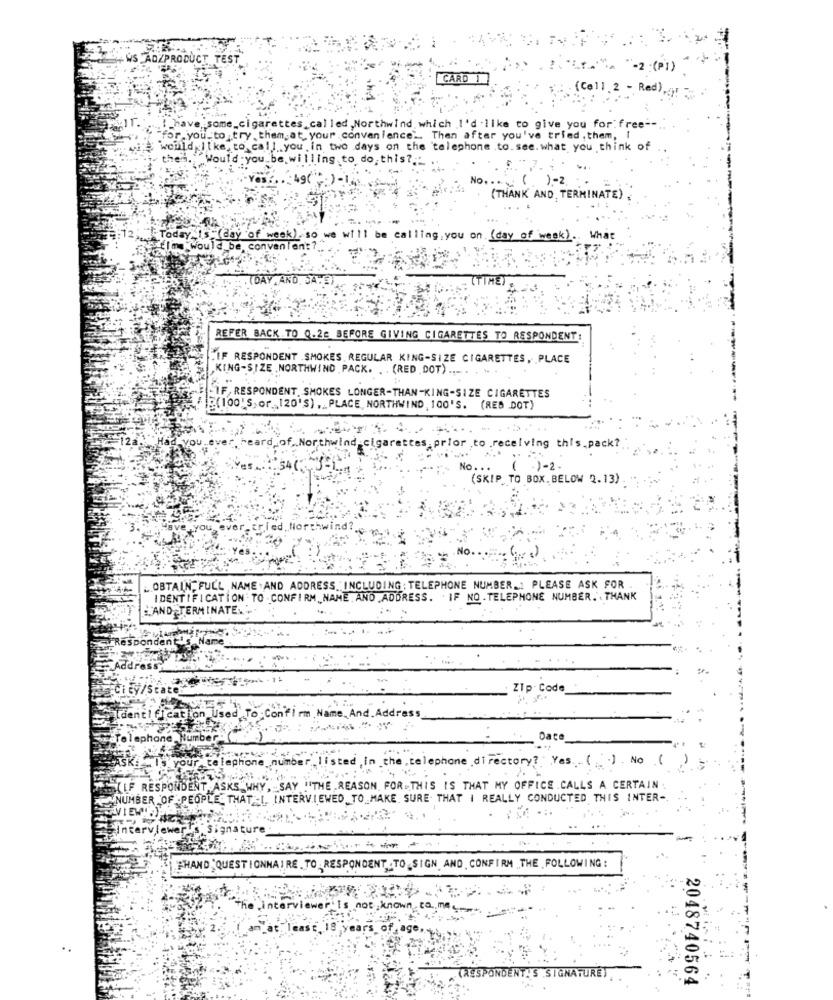
WS ADZPRODUCT TEST
ETA" "-2 (P1)
CARD 1
:: (Coll.2 -Red),
.._ have some_cigarettes.called ,Northwind which I'd like to give you for free --
for you to try them,at, your convenience". Then after you've tried, them, I
would like to call you.in two days on the telephone .to. see. what you think of
them." Would you be willing to do this ?..
(THANK AND TERMINATE)
Toda
be calling.you on.
(day of week).
What
Would be, conven
REFER BACK TO Q.28 BEFORE GIVING CIGARETTES TO RESPONDENT:
LIF RESPONDENT .SMOKES REGULAR KING-SIZE CIGARETTES, PLACE
,KING-SIZE , NORTHWIND PACK. . . (RED DOT) .... . "
-IF RESPONDENT SMOKES LONGER-THAN-KING-SIZE CIGARETTES
?(100'S,or 120'S) , PLACE, NORTHWIND , 100'S. (RES DOT)
YOU ..
eard_of, Northwind cigarettes prior to .receiving this.pack ?.
No ...
( .) - 2.
(SKIP TO BOX. BELOW 2.13)
ed. North
.. OBTAIN, FULL NAME . AND ADDRESS. " INCLUDING : TELEPHONE NUMBER ... PLEASE ASK FOR
IDENTIFICATION - TO - CONFIRM_NAME . AND ADDRESS. . IF NO . TELEPHONE NUMBER. . THANK
AND TERMINATE ...
ity/State
ZTp- Code
enti ficatio
Used
o :Confirm Name,And. Address
lephane
Dat
your. telephone
.the, telephone directory? Yes ( ). No ()
LEF RESPONDENT
ASKS"
.SAY
E.REASON. FOR THIS IS THAT MY OFFICE . CALLS A CERTAIN :
NUMBER OF .PEOPLE THAT L
INTERVIEWED TO MAKE SURE THAT i REALLY CONDUCTED THIS INTER-
SIVIEW;}
Sincerviewer's's
ignature
CHAND QUESTIONNAIRE . TO RESPONDENT .TO SIGN AND CONFIRM THE FOLLOWING :
"the interviewer is not known .
iasE,18 y
TAESPONDENT'S SIGNATURE) .
2048740564